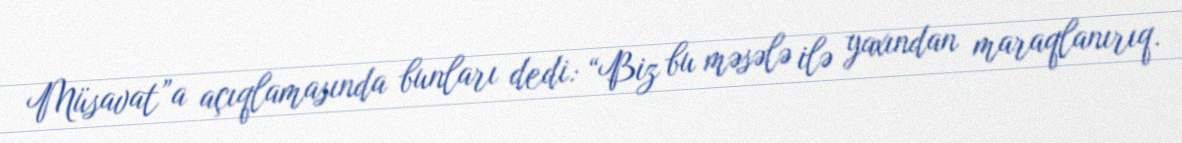
Müsavat”a açıqlamasında bunları dedi: “Biz bu məsələ ilə yaxından maraqlanırıq.